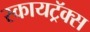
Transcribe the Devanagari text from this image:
स्कायट्रॅक्स